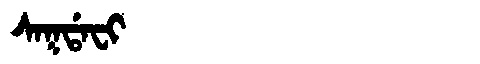
Manchu: ᠰᠠᡴᡩᠠᠸᡳ
Romanization: SAKDAFI